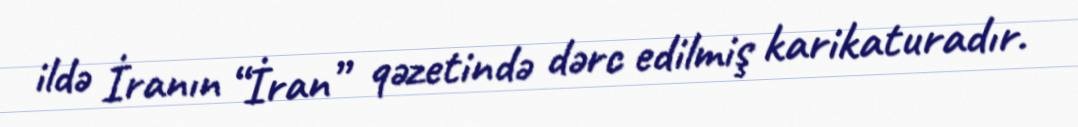
ildə İranın “İran” qəzetində dərc edilmiş karikaturadır.